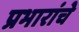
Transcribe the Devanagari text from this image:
प्रभारांचे